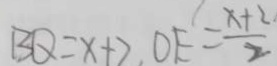
B Q = x + 2 O E = \frac { x + 2 } { 2 }